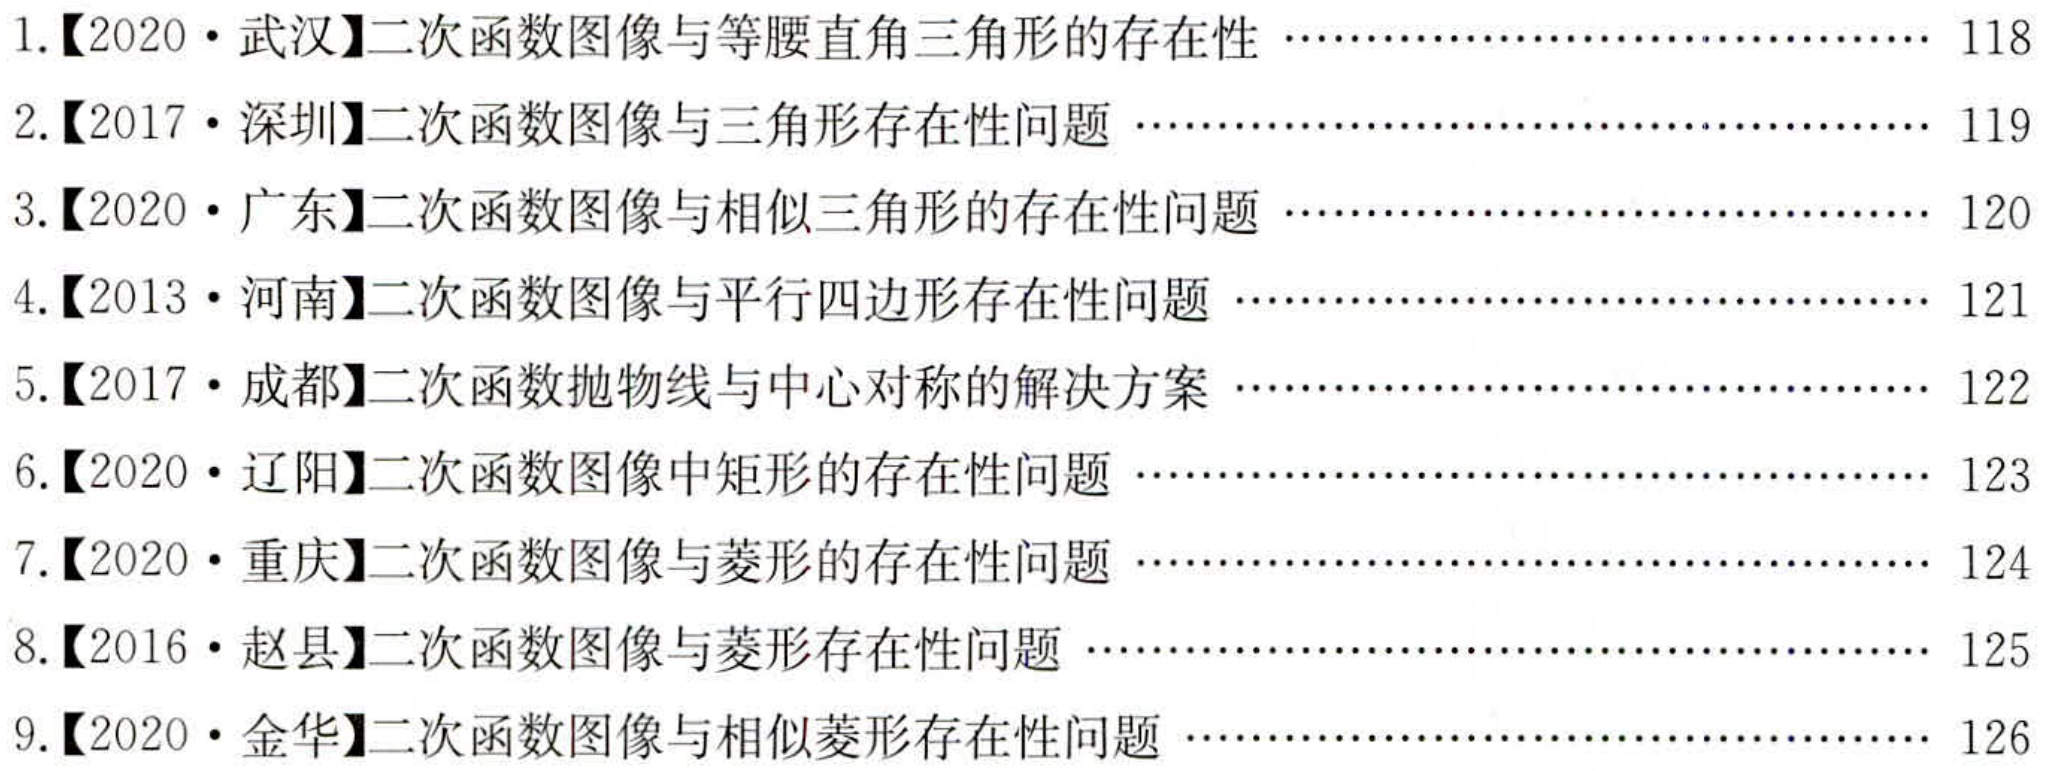
1.【2020·武汉】二次函数图像与等腰直角三角形的存在性 …………………………… 118
2.【2017·深圳】二次函数图像与三角形存在性问题 ………………………………… 119
3.【2020·广东】二次函数图像与相似三角形的存在性问题 …………………………… 120
4.【2013·河南】二次函数图像与平行四边形存在性问题 ……………………………… 121
5.【2017·成都】二次函数抛物线与中心对称的解决方案 ……………………………… 122
6.【2020·辽阳】二次函数图像中矩形的存在性问题 …………………………………… 123
7.【2020·重庆】二次函数图像与菱形的存在性问题 …………………………………… 124
8.【2016·赵县】二次函数图像与菱形存在性问题 ……………………………………… 125
9.【2020·金华】二次函数图像与相似菱形存在性问题 ………………………………… 126